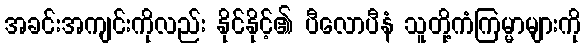
အခင်းအကျင်းကိုလည်း နိုင်နိုင့်၏ ပီလောပီနံ သူတို့ကံကြမ္မာများကို